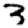
Digit: 3